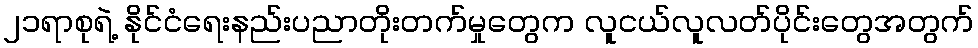
၂၁ရာစုရဲ့ နိုင်ငံရေးနည်းပညာတိုးတက်မှုတွေက လူငယ်လူလတ်ပိုင်းတွေအတွက်